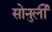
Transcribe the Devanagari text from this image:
सोनुर्ली